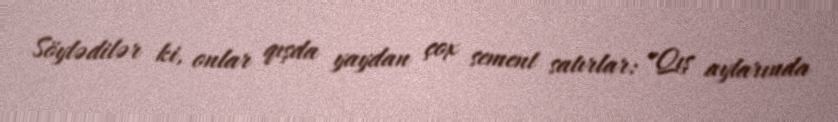
Söylədilər ki, onlar qışda yaydan çox sement satırlar: "Qış aylarında